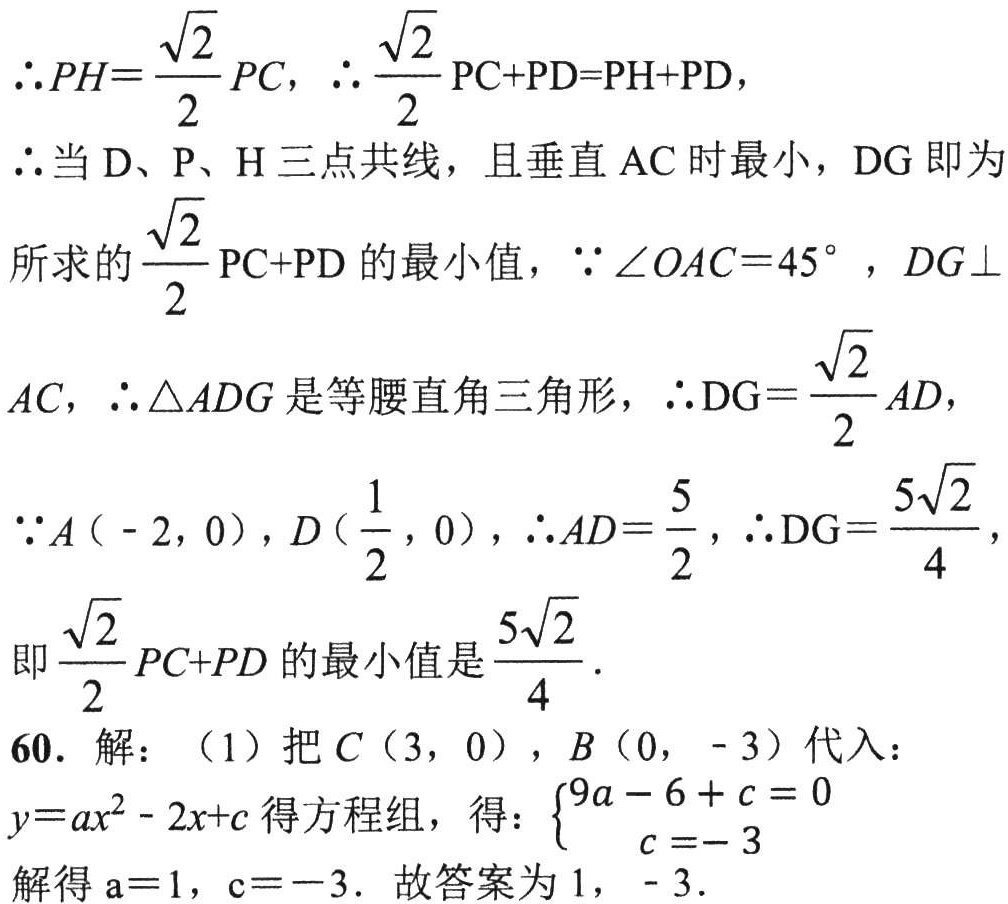
\(\therefore PH = \dfrac{\sqrt{2}}{2}PC\)，\(\therefore \dfrac{\sqrt{2}}{2}\text{PC}+\text{PD}=\text{PH}+\text{PD}\)，
\(\therefore\)当\(\text{D}\)、\(\text{P}\)、\(\text{H}\)三点共线，且垂直\(\text{AC}\)时最小，\(\text{DG}\)即为
所求的\(\dfrac{\sqrt{2}}{2}\text{PC}+\text{PD}\)的最小值，\(\because\angle OAC = 45^{\circ}\)，\(DG\perp\)
\(AC\)，\(\therefore\triangle ADG\)是等腰直角三角形，\(\therefore\text{DG}=\dfrac{\sqrt{2}}{2}AD\)，
\(\because A(-2,0)\)，\(D(\dfrac{1}{2},0)\)，\(\therefore AD=\dfrac{5}{2}\)，\(\therefore\text{DG}=\dfrac{5\sqrt{2}}{4}\)，
即\(\dfrac{\sqrt{2}}{2}PC + PD\)的最小值是\(\dfrac{5\sqrt{2}}{4}\).
60. 解：（1）把\(C(3,0)\)，\(B(0,- 3)\)代入：
\(y = ax^{2}-2x + c\)得方程组，得：\(\begin{cases}9a - 6 + c = 0\\c = - 3\end{cases}\)
解得\(a = 1\)，\(c=-3\). 故答案为\(1\)，\(-3\).